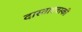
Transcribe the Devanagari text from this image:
दास्ताएवस्की